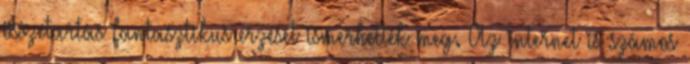
összetartás fantasztikus érzését ismerhették meg. Az internet is számos